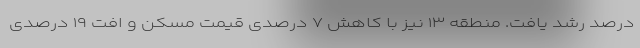
درصد رشد یافت. منطقه ۱۳ نیز با کاهش ۷ درصدی قیمت مسکن و افت ۱۹ درصدی